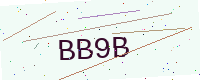
Text: BB9B